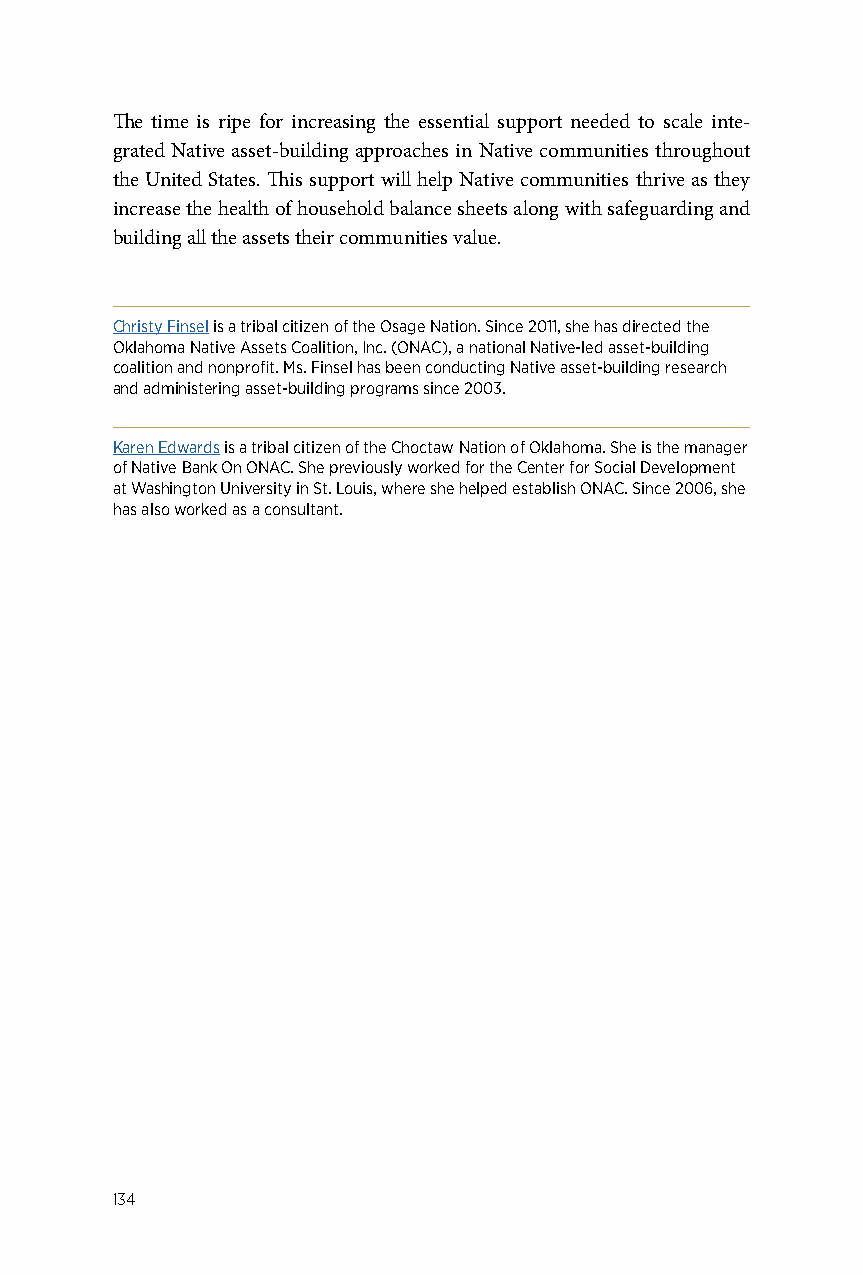
The time is ripe for increasing the essential support needed to scale inte-
 grated Native asset-building approaches in Native communities throughout
 the United States. This support will help Native communities thrive as they
 increase the health of household balance sheets along with safeguarding and
 building all the assets their communities value.
 Christy Finsel is a tribal citizen of the Osage Nation. Since 2011, she has directed the
 Oklahoma Native Assets Coalition, Inc. (ONAC), a national Native-led asset-building
 coalition and nonprofit. Ms. Finsel has been conducting Native asset-building research
 and administering asset-building programs since 2003.
 Karen Edwards is a tribal citizen of the Choctaw Nation of Oklahoma. She is the manager
 of Native Bank On ONAC. She previously worked for the Center for Social Development
 at Washington University in St. Louis, where she helped establish ONAC. Since 2006, she
 has also worked as a consultant.
 134